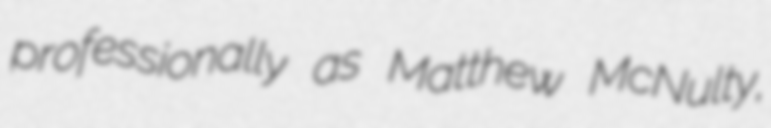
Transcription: professionally as Matthew McNulty,